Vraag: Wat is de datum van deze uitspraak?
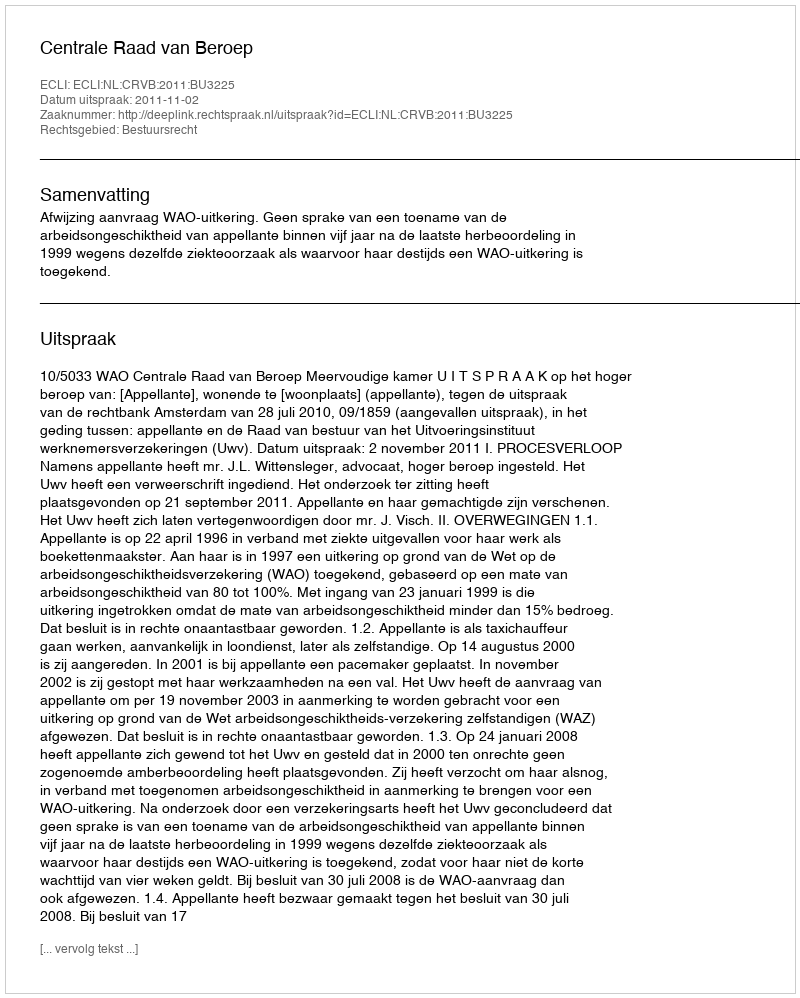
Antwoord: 2011-11-02